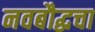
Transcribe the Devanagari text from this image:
नवबौद्धचा